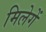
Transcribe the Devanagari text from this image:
मिलेगें